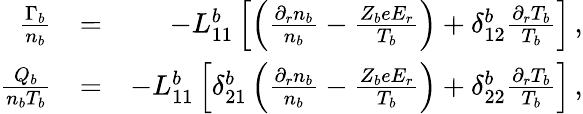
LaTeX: \begin{array}{rlr}{\frac{\Gamma_{b}}{n_{b}}}&{=}&{-L_{11}^{b}\left[\left(\frac{\partial_{r}n_{b}}{n_{b}}-\frac{Z_{b}eE_{r}}{T_{b}}\right)+\delta_{12}^{b}\frac{\partial_{r}T_{b}}{T_{b}}\right]\, ,}\\ {\frac{Q_{b}}{n_{b}T_{b}}}&{=}&{-L_{11}^{b}\left[\delta_{21}^{b}\left(\frac{\partial_{r}n_{b}}{n_{b}}-\frac{Z_{b}eE_{r}}{T_{b}}\right)+\delta_{22}^{b}\frac{\partial_{r}T_{b}}{T_{b}}\right]\, ,}\end{array}